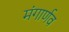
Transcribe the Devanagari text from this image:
मंगार्णव